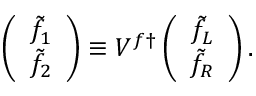
\left( \begin{array} { c } { { \tilde { f } _ { 1 } } } \\ { { \tilde { f } _ { 2 } } } \end{array} \right) \equiv V ^ { f \dagger } \left( \begin{array} { c } { { \tilde { f } _ { L } } } \\ { { \tilde { f } _ { R } } } \end{array} \right) .